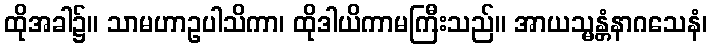
ထိုအခါ၌။ သာမဟာဥပါသိကာ၊ ထိုဒါယိကာမကြီးသည်။ အာယသ္မန္တံနာဂသေနံ၊